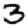
Digit: 3